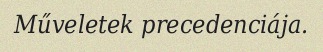
Műveletek precedenciája.